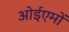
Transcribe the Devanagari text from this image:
ओईएमों